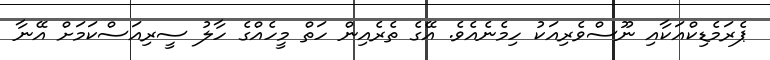
ޕެރަމެޑިކްއަކާއި ނޫސްވެރިއަކު ހިމެނެއެވެ. އޭގެ ތެރެއިން ހަތް މީހެއްގެ ހާލު ސީރިއަސްކަމަށް އޭނާ